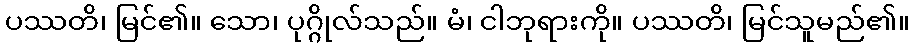
ပဿတိ၊ မြင်၏။ သော၊ ပုဂ္ဂိုလ်သည်။ မံ၊ ငါဘုရားကို။ ပဿတိ၊ မြင်သူမည်၏။